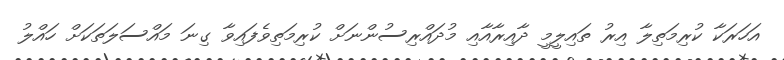
އަހަރަކާ ކުރިމަތިލާ އިރު ތައިލީމީ ދާއިރާއާއި މުދައްރިސުންނަށް ކުރިމަތިވެފައިވާ ގިނަ މައްސަލަތަކަށް ހައްލު